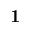
\mathbf { 1 }